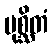
ပုစ္ဆိတံ